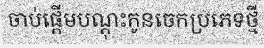
ចាប់ផ្តើមបណ្តុះកូនចេកប្រភេទថ្មី